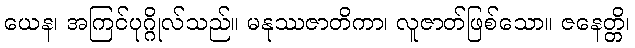
ယေန၊ အကြင်ပုဂ္ဂိုလ်သည်။ မနုဿဇာတိကာ၊ လူဇာတ်ဖြစ်သော။ ဇနေတ္တိ၊